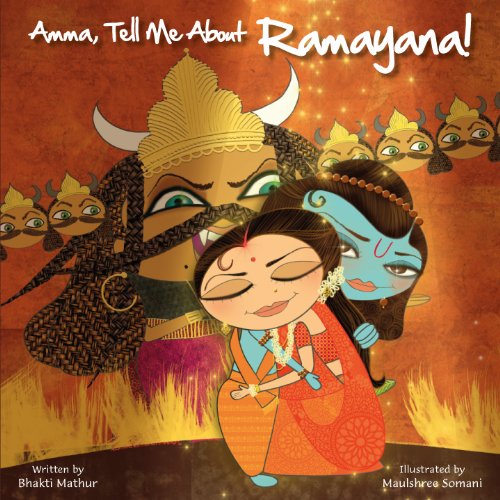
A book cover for Amma, Tell Me About Ramayana!; Bhakti Mathur; Comics & Graphic Novels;